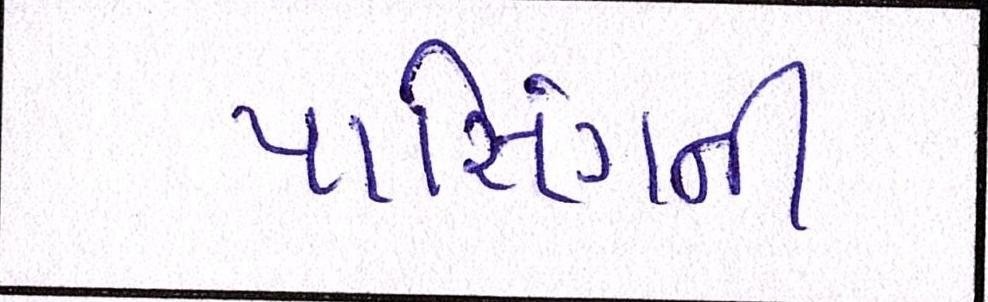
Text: પાસિંગની